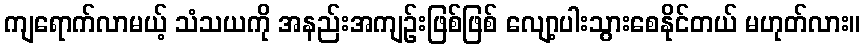
ကျရောက်လာမယ့် သံသယကို အနည်းအကျဉ်းဖြစ်ဖြစ် လျော့ပါးသွားစေနိုင်တယ် မဟုတ်လား။